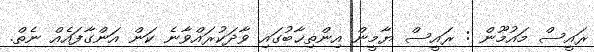
ރައީސް މައުމޫން : ރައީސް ޔާމީން އިންތިޚާބުގައި ވާދަކުރައްވާނެ ކަން އަންގާފައެއް ނެތް.